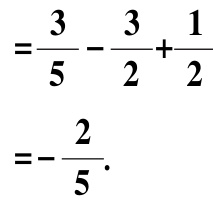
\[
\begin{align*}
&=\frac{3}{5}-\frac{3}{2}+\frac{1}{2}\\
&=-\frac{2}{5}.
\end{align*}
\]